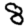
Digit: 8